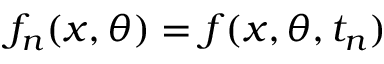
f _ { n } ( x , \theta ) = f ( x , \theta , t _ { n } )